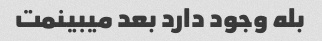
بله وجود دارد بعد میبینمت